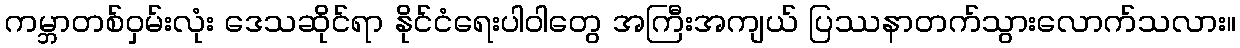
ကမ္ဘာတစ်ဝှမ်းလုံး ဒေသဆိုင်ရာ နိုင်ငံရေးပါဝါတွေ အကြီးအကျယ် ပြဿနာတက်သွားလောက်သလား။